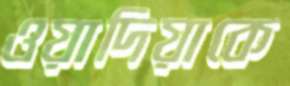
ওয়াদিয়াকে